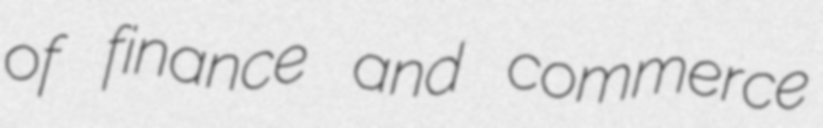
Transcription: of finance and commerce